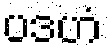
ပဒဟံ